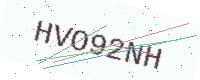
Text: HVO92NH